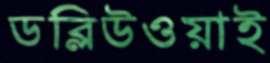
ডব্লিউওয়াই